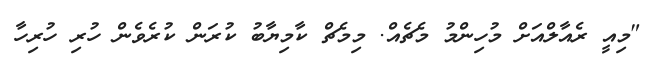
"މިއީ ރެއާލްއަށް މުހިންމު މެޗެއް. މިމެޗް ކާމިޔާބު ކުރަން ކުރެވެން ހުރި ހުރިހާ